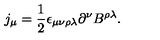
j _ { \mu } = \frac { 1 } { 2 } \epsilon _ { \mu \nu \rho \lambda } \partial ^ { \nu } B ^ { \rho \lambda } .